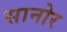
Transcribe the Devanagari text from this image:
सानोर